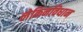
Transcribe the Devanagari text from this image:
लेकिनविधान